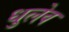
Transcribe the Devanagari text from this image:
धुलेव